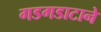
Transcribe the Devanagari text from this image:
गडगडाटाने